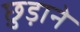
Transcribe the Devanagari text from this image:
छु़ड़ाने